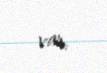
var.